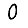
Digit: 0